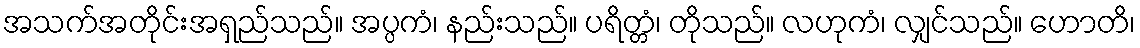
အသက်အတိုင်းအရှည်သည်။ အပ္ပကံ၊ နည်းသည်။ ပရိတ္တံ၊ တိုသည်။ လဟုကံ၊ လျှင်သည်။ ဟောတိ၊